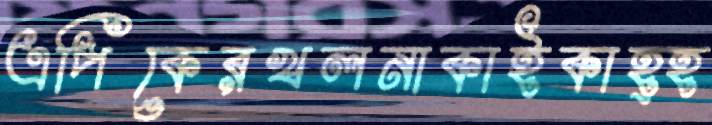
এপিকেরখলনাকাইকাহ্হ